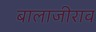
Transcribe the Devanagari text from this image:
बालाजीराव